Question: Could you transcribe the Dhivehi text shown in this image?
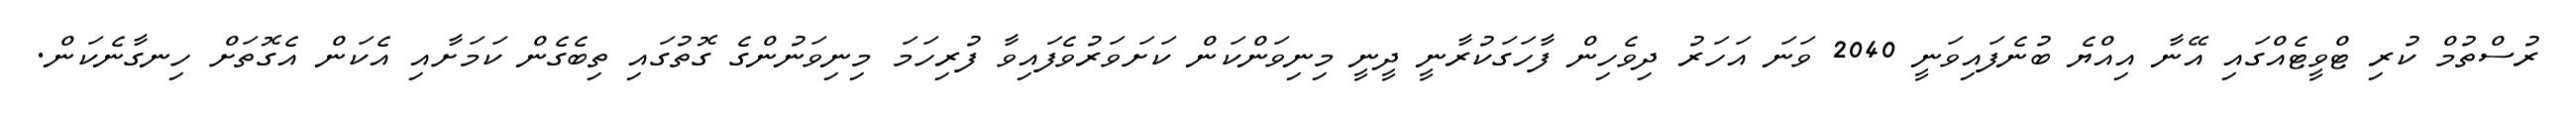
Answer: ރުސްތުމް ކުރި ޓްވީޓެއްގައި އޭނާ އިއްޔެ ބުނެފައިވަނީ 2040 ވަނަ އަހަރު ދިވެހިން ފާހަގަކުރާނީ ދީނީ މިނިވަންކަން ކަށަވަރުވެފައިވާ ފުރިހަމަ މިނިވަނުންގެ ގޮތުގައި ތިބެގެން ކަމަށާއި އެކަން އެގޮތަށް ހިނގާނެކަން.